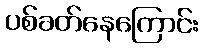
ပစ်ခတ်နေကြောင်း